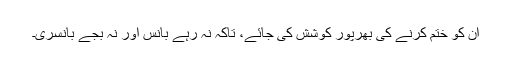
ان کو ختم کرنے کی بھرپور کوشش کی جائے، تاکہ نہ رہے بانس اور نہ بجے بانسری۔